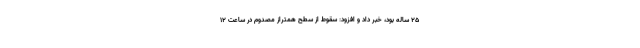
۲۵ ساله بود، خبر داد و افزود: سقوط از سطح همتراز مصدوم در ساعت ۱۲